Vaccination in Bombay 1913-1923 - 1913-1923
Year: 1913
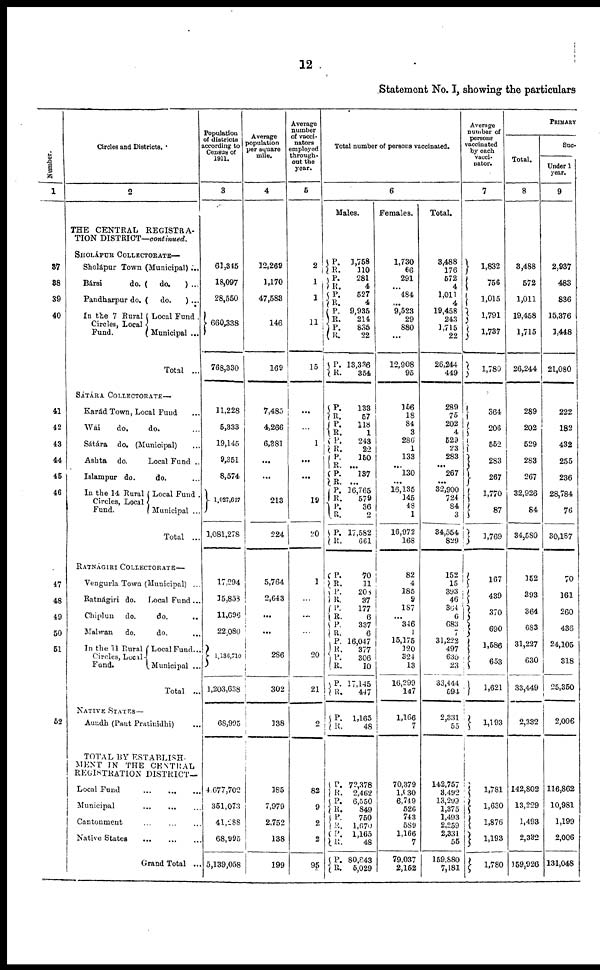
12
Statement No. I, showing the particulars
Number.
1
37
38
39
40
41
42
43
44
45
46
47
48
49
50
51
52
Circles and Districts.
2
THE CENTRAL REGISTRA-
TION DISTRICT—continued.
SHOLÁPUR COLLECTORATE—
Sholápur Town (Municipal)...
Bársi
do. ( do.
) ...
Pandharpur do. ( do.
) ...
In the 7 Rural
Circles, Local
Fund.
Local Fund .
Municipal ...
Total ...
SÁTÁRA COLLECTORATE—
Karád Town, Local Fund ...
Wái
do.
do. ...
Sátára do. (Municipal) ...
Ashta do.
Local Fund ..
Islampur do.
do. ...
In the 14 Rural
Circles, Local
Fund.
Local Fund .
Municipal ...
Total ...
RATNÁGIRI COLLECTORATE—
Vengurla Town (Municipal) ...
Ratnágiri do. Local Fund ...
Chiplun do.
do. ..
Malwan
do.
do. ...
In the 11 Rural
Circles, Local
Fund.
Local Fund...
Municipal ...
Total ...
NATIVE STATES—
Aundh (Pant Pratinidhi) ...
TOTAL BY ESTABLISH-
MENT IN THE CENTRAL
REGISTRATION DISTRICT—
Local Fund
...
...
...
Municipal
...
...
...
Cantonment ... ... ...
Native States
... ... ...
Grand Total ...
Population
of districts
according to
Census of
1911.
3
61,345
18,097
28,550
660,338
768,330
11,228
5,333
19,145
9,351
8,574
1,027,617
1,081,278
17,294
15,858
11,696
22,080
1,130,710
1,203,638
68,995
4,677,702
351,073
41,288
68,995
5,139,058
Average
population
per square
mile.
4
12,269
1,170
47,583
146
169
7,485
4,266
6,381
...
...
213
224
5,764
2,643
...
...
286
302
138
185
7,979
2,752
138
199
Average
number
of vacci¬
nators
employed
through-
out the
year.
5
2
1
1
11
15
...
1
...
...
19
20
1
...
...
20
21
2
82
9
2
2
95
Total number of persons vaccinated.
6
Males.
P.
R.
P.
R.
P·
R. P.
R. P.
R.
P.
R.
1,758
110
281
4
527
4
9,935
214
835
22
13,336
354
P.
R.
P.
R.
P.
R.
P.
R.
P.
R.
P·
R.
P.
R.
P.
R.
133
57
118
1
243
22
150
...
137
...
16,765
579
36
2
17,582
661
P.
R.
P.
R.
P.
R.
P.
R.
P. R.
P.
R.
P.
R.
70
11
208
37
177
6
337
6
16,047
377
306
10
17,145
447
P.
R.
1,165
48
P.
R.
P.
R.
P.
R. P.
R.
P.
R.
72,378
2,462
6,550
849
750
1,670
1,165
48
80,843
5,029
Females.
1,730
66
291
...
484
...
9,523
29
880
...
12,908
95
156
18
84
3
286
1
133
...
130
...
16,135
145
48
1
16,972
168
82
4
185
9
187
...
346
1
15,175
120
324
13
16,299
147
1,166
7
70,379
1,030
6,749
526
743
589
1,166
7
79,037
2,152
Total.
3,488
176
572
4
1,011
4
19,458
243
1,715
22
26,244
449
289
75
202
4
529
23
283
...
267
...
32,900
724
84
3
34,554
829
152
15
393
46
364
6
683
7
31,222
497
630
23
33,444
594
2,331
55
142,757
3,492
13,299
1,375
1,493
2,259
2,331
55
159,880
7,181
Average
number of
persons
vaccinated
by each
vacci¬
nator.
7
1,832
756
1,015
1,791
1,737
1,780
364
206
552
283
267
1,770
87
1,769
167
439
370
690
1,586
653
1,621
1,193
1,781
1,630
1,876
1,193
1,780
PRIMARY
Total.
8
3,488
572
1,011
19,458
1,715
26,244
289
202
529
288
267
32,926
84
34,580
152
393
364
683
31,227
630
33,449
2,332
142,802
13,229
1,493
2,332
159,926
Suc-
Under 1
year.
9
2,937
483
836
15,376
1,448
21,080
222
182
432
255
236
28,784
76
30,187
70
161
260
436
24,105
318
25,350
2,006
116,862
10,981
1,199
2,006
131,048